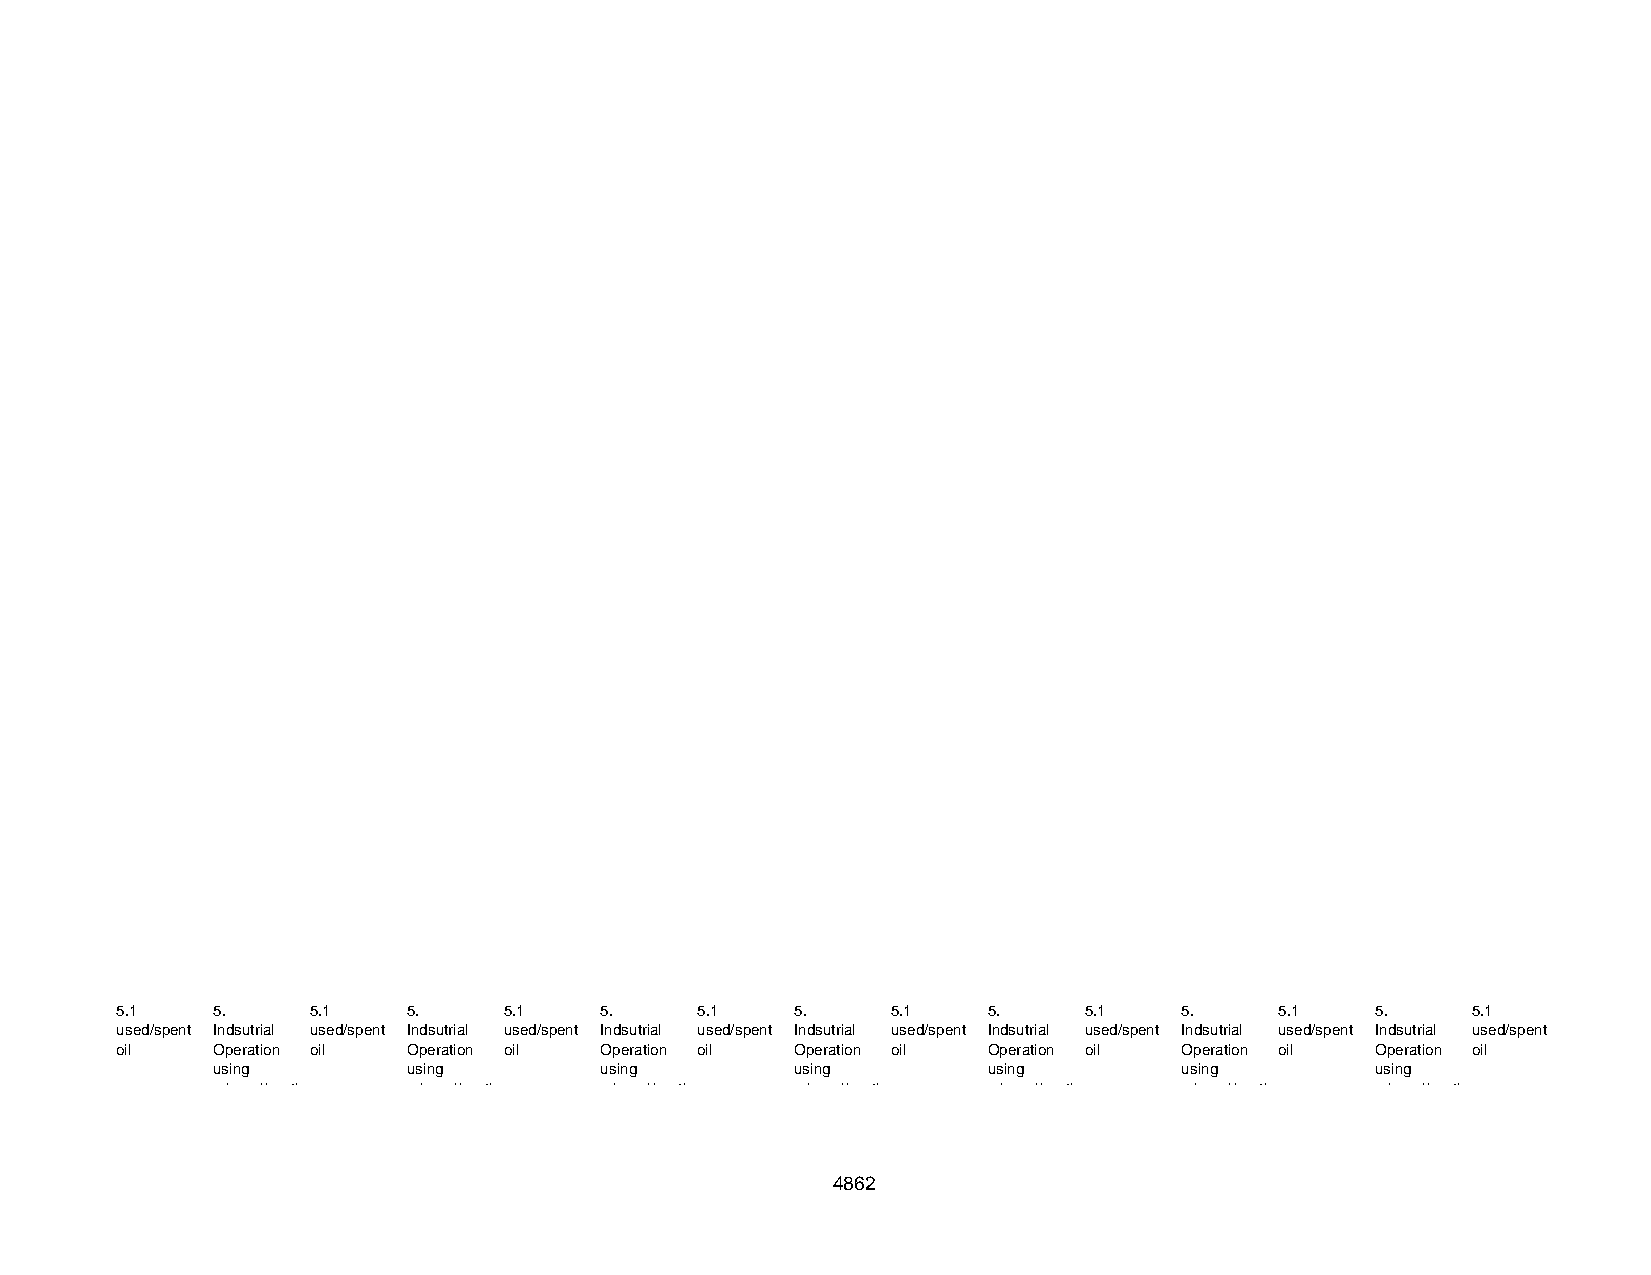
5.1   5 .    5 . 1 5 .   5 . 1  5 .   5 . 1  5 .   5 . 1 5 .    5 . 1 5 .    5 . 1 5 .   5 . 1
 used/spent Indsutrial used/spent Indsutrial used/spent Indsutrial used/spent Indsutrial used/spent Indsutrial used/spent Indsutrial used/spent Indsutrial used/spent
 oil   Operation oil Operation oil Operation oil Operation oil Operation oil Operation oil Operation oil
 using        using        using        using       using        using        using
 mineral/synth mineral/synth mineral/synth mineral/synth mineral/synth mineral/synth mineral/synth
 4862